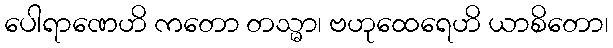
ပေါရာဏေဟိ ကတော တသ္မာ၊ ဗဟုထေရေဟိ ယာစိတော၊